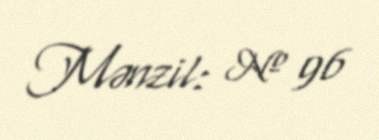
Mənzil: № 96